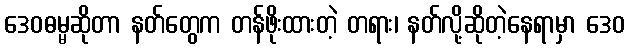
ဒေဝဓမ္မဆိုတာ နတ်တွေက တန်ဖိုးထားတဲ့ တရား၊ နတ်လို့ဆိုတဲ့နေရာမှာ ဒေဝ